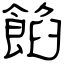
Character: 餡